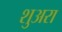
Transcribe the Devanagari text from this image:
शुअरा